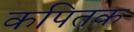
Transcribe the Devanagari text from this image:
कपितक